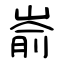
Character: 嵛